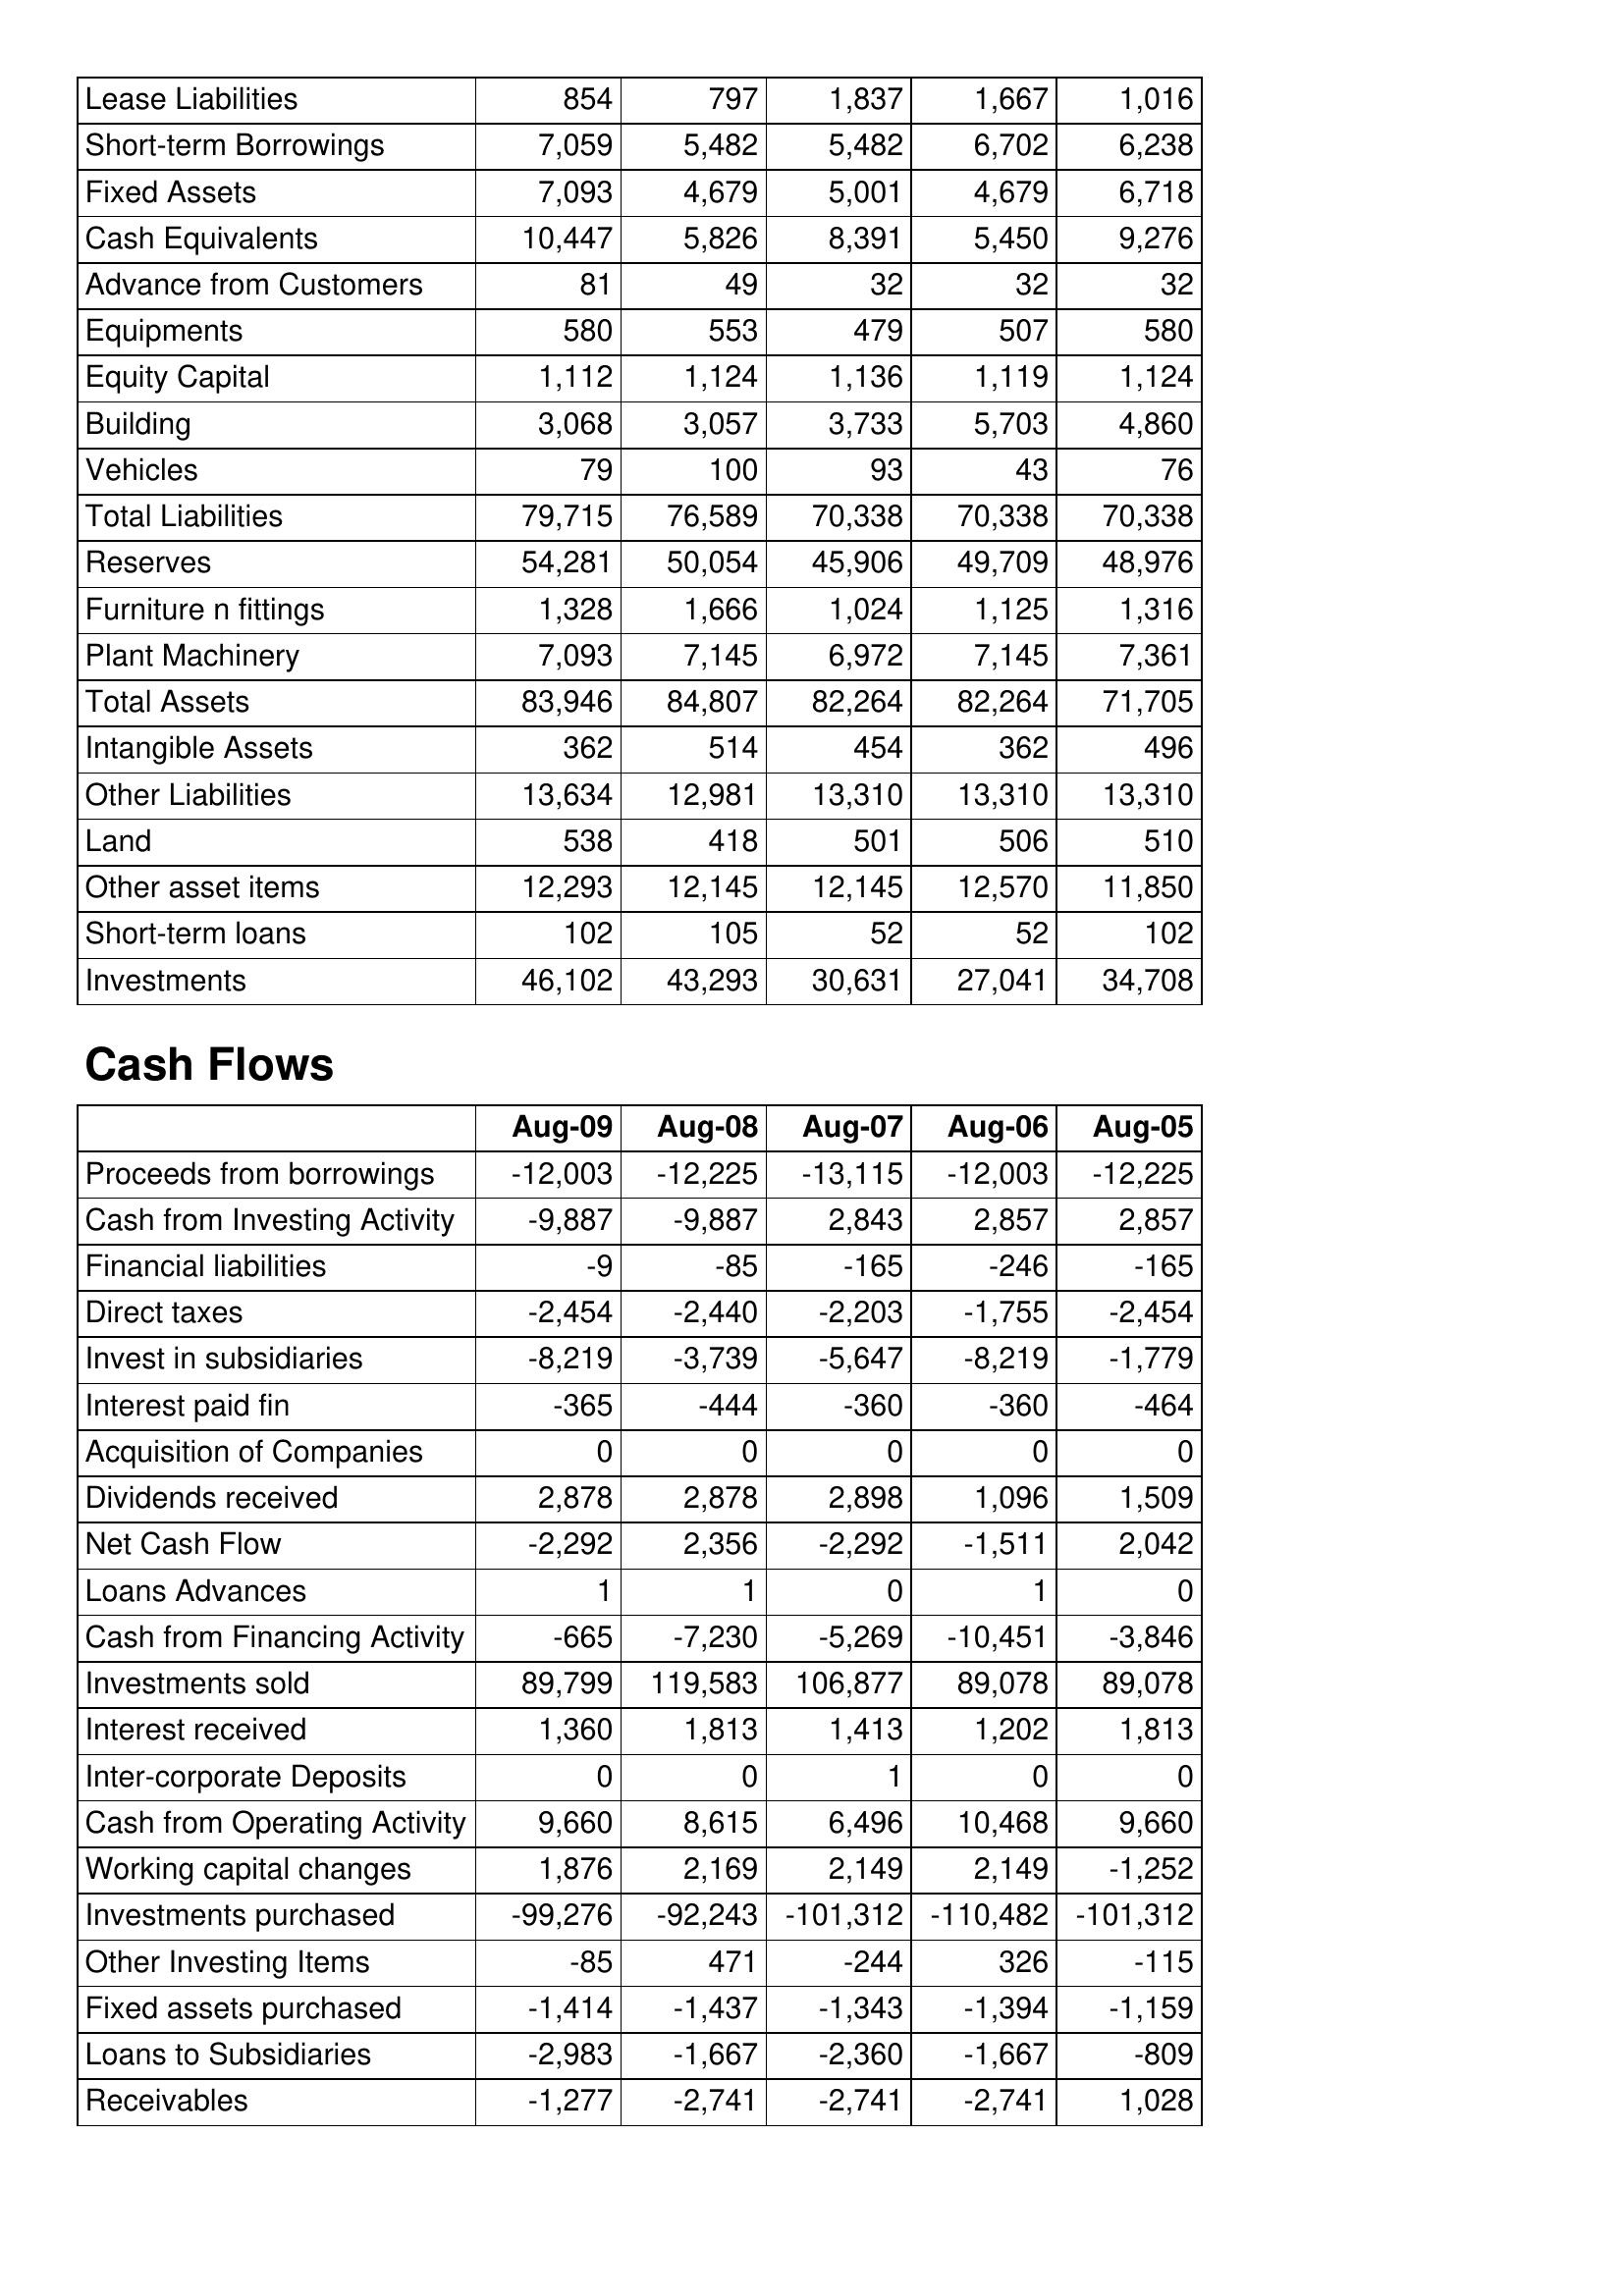
Aug-09: Balance Sheet: Lease Liabilities: 854
Short-term Borrowings: 7,059
Fixed Assets: 7,093
Cash Equivalents: 10,447
Advance from Customers: 81
Equipments: 580
Equity Capital: 1,112
Building: 3,068
Vehicles: 79
Total Liabilities: 79,715
Reserves: 54,281
Furniture n fittings: 1,328
Plant Machinery: 7,093
Total Assets: 83,946
Intangible Assets: 362
Other Liabilities: 13,634
Land: 538
Other asset items: 12,293
Short-term loans: 102
Investments: 46,102
Cash Flows: Proceeds from borrowings: -12,003
Cash from Investing Activity: -9,887
Financial liabilities: -9
Direct taxes: -2,454
Invest in subsidiaries: -8,219
Interest paid fin: -365
Acquisition of Companies: 0
Dividends received: 2,878
Net Cash Flow: -2,292
Loans Advances: 1
Cash from Financing Activity: -665
Investments sold: 89,799
Interest received: 1,360
Inter-corporate Deposits: 0
Cash from Operating Activity: 9,660
Working capital changes: 1,876
Investments purchased: -99,276
Other Investing Items: -85
Fixed assets purchased: -1,414
Loans to Subsidiaries: -2,983
Receivables: -1,277
Aug-08: Balance Sheet: Lease Liabilities: 797
Short-term Borrowings: 5,482
Fixed Assets: 4,679
Cash Equivalents: 5,826
Advance from Customers: 49
Equipments: 553
Equity Capital: 1,124
Building: 3,057
Vehicles: 100
Total Liabilities: 76,589
Reserves: 50,054
Furniture n fittings: 1,666
Plant Machinery: 7,145
Total Assets: 84,807
Intangible Assets: 514
Other Liabilities: 12,981
Land: 418
Other asset items: 12,145
Short-term loans: 105
Investments: 43,293
Cash Flows: Proceeds from borrowings: -12,225
Cash from Investing Activity: -9,887
Financial liabilities: -85
Direct taxes: -2,440
Invest in subsidiaries: -3,739
Interest paid fin: -444
Acquisition of Companies: 0
Dividends received: 2,878
Net Cash Flow: 2,356
Loans Advances: 1
Cash from Financing Activity: -7,230
Investments sold: 119,583
Interest received: 1,813
Inter-corporate Deposits: 0
Cash from Operating Activity: 8,615
Working capital changes: 2,169
Investments purchased: -92,243
Other Investing Items: 471
Fixed assets purchased: -1,437
Loans to Subsidiaries: -1,667
Receivables: -2,741
Aug-07: Balance Sheet: Lease Liabilities: 1,837
Short-term Borrowings: 5,482
Fixed Assets: 5,001
Cash Equivalents: 8,391
Advance from Customers: 32
Equipments: 479
Equity Capital: 1,136
Building: 3,733
Vehicles: 93
Total Liabilities: 70,338
Reserves: 45,906
Furniture n fittings: 1,024
Plant Machinery: 6,972
Total Assets: 82,264
Intangible Assets: 454
Other Liabilities: 13,310
Land: 501
Other asset items: 12,145
Short-term loans: 52
Investments: 30,631
Cash Flows: Proceeds from borrowings: -13,115
Cash from Investing Activity: 2,843
Financial liabilities: -165
Direct taxes: -2,203
Invest in subsidiaries: -5,647
Interest paid fin: -360
Acquisition of Companies: 0
Dividends received: 2,898
Net Cash Flow: -2,292
Loans Advances: 0
Cash from Financing Activity: -5,269
Investments sold: 106,877
Interest received: 1,413
Inter-corporate Deposits: 1
Cash from Operating Activity: 6,496
Working capital changes: 2,149
Investments purchased: -101,312
Other Investing Items: -244
Fixed assets purchased: -1,343
Loans to Subsidiaries: -2,360
Receivables: -2,741
Aug-06: Balance Sheet: Lease Liabilities: 1,667
Short-term Borrowings: 6,702
Fixed Assets: 4,679
Cash Equivalents: 5,450
Advance from Customers: 32
Equipments: 507
Equity Capital: 1,119
Building: 5,703
Vehicles: 43
Total Liabilities: 70,338
Reserves: 49,709
Furniture n fittings: 1,125
Plant Machinery: 7,145
Total Assets: 82,264
Intangible Assets: 362
Other Liabilities: 13,310
Land: 506
Other asset items: 12,570
Short-term loans: 52
Investments: 27,041
Cash Flows: Proceeds from borrowings: -12,003
Cash from Investing Activity: 2,857
Financial liabilities: -246
Direct taxes: -1,755
Invest in subsidiaries: -8,219
Interest paid fin: -360
Acquisition of Companies: 0
Dividends received: 1,096
Net Cash Flow: -1,511
Loans Advances: 1
Cash from Financing Activity: -10,451
Investments sold: 89,078
Interest received: 1,202
Inter-corporate Deposits: 0
Cash from Operating Activity: 10,468
Working capital changes: 2,149
Investments purchased: -110,482
Other Investing Items: 326
Fixed assets purchased: -1,394
Loans to Subsidiaries: -1,667
Receivables: -2,741
Aug-05: Balance Sheet: Lease Liabilities: 1,016
Short-term Borrowings: 6,238
Fixed Assets: 6,718
Cash Equivalents: 9,276
Advance from Customers: 32
Equipments: 580
Equity Capital: 1,124
Building: 4,860
Vehicles: 76
Total Liabilities: 70,338
Reserves: 48,976
Furniture n fittings: 1,316
Plant Machinery: 7,361
Total Assets: 71,705
Intangible Assets: 496
Other Liabilities: 13,310
Land: 510
Other asset items: 11,850
Short-term loans: 102
Investments: 34,708
Cash Flows: Proceeds from borrowings: -12,225
Cash from Investing Activity: 2,857
Financial liabilities: -165
Direct taxes: -2,454
Invest in subsidiaries: -1,779
Interest paid fin: -464
Acquisition of Companies: 0
Dividends received: 1,509
Net Cash Flow: 2,042
Loans Advances: 0
Cash from Financing Activity: -3,846
Investments sold: 89,078
Interest received: 1,813
Inter-corporate Deposits: 0
Cash from Operating Activity: 9,660
Working capital changes: -1,252
Investments purchased: -101,312
Other Investing Items: -115
Fixed assets purchased: -1,159
Loans to Subsidiaries: -809
Receivables: 1,028